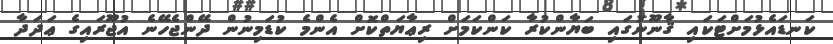
ކަނޑައެޅުމަށްޓަކައި ޤާނޫނުގައި ބަޔާންކުރާ ކަންކަމަށް ރިޢާޔަތްކޮށް އެންމެ ކުޑަމިނުން ދޭންޖެހޭނެ އުޖޫރައިގެ ޢަދަދާ